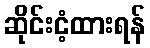
ဆိုင်းငံ့ထားရန်